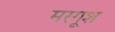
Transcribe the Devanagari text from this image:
मरगूश